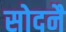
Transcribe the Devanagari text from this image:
सोदनै